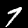
Digit: 7